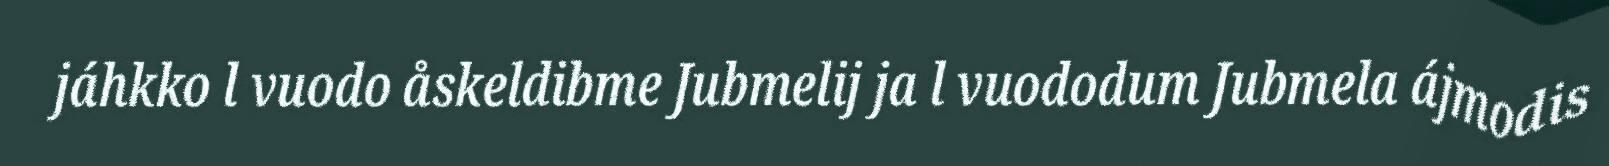
jáhkko l vuodo åskeldibme Jubmelij ja l vuododum Jubmela ájmodis